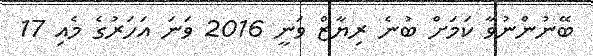
ބޭނުންނުވާ ކަމަށް ބުނެ ރިޔާޒް ވަނީ 2016 ވަނަ އަހަރުގެ މެއި 17